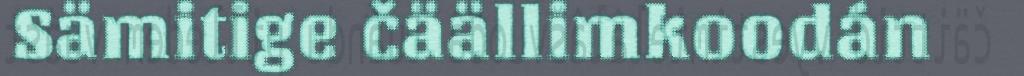
Sämitige čäällimkoodán